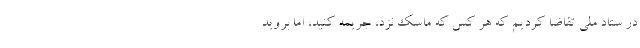
در ستاد ملی تقاضا کردیم که هر کس که ماسک نزد، جریمه کنید، اما بروید